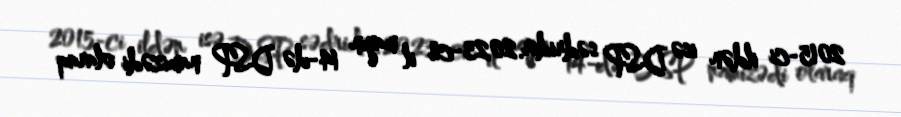
2015-ci ildən isə DSP sədridir.2023-cü il mayın 14-də DSP namizədi olaraq